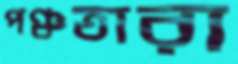
পঞ্চতারা